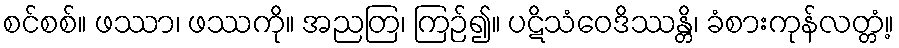
စင်စစ်။ ဖဿာ၊ ဖဿကို။ အညတြ၊ ကြဉ်၍။ ပဋိသံဝေဒိဿန္တိ၊ ခံစားကုန်လတ္တံ့။